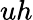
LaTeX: uh